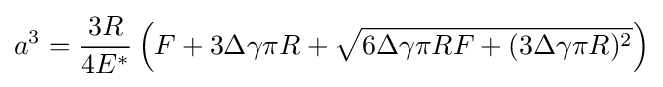
a^{3}={\frac {3R}{4E^{*}}}\left(F+3\Delta \gamma \pi R+{\sqrt {6\Delta \gamma \pi RF+(3\Delta \gamma \pi R)^{2}}}\right)